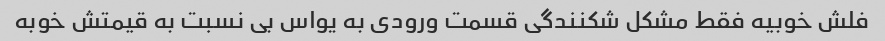
فلش خوبیه فقط مشکل شکنندگی قسمت ورودی به یواس بی نسبت به قیمتش خوبه